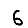
Digit: 6